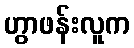
ဟွာဖန်းလူက